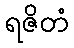
ရဇိတံ